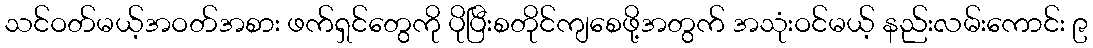
သင်ဝတ်မယ့်အဝတ်အစား ဖက်ရှင်တွေကို ပိုပြီးစတိုင်ကျစေဖို့အတွက် အသုံးဝင်မယ့် နည်းလမ်းကောင်း ၉